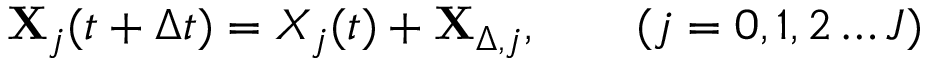
\mathbf { X } _ { j } ( t + \Delta t ) = X _ { j } ( t ) + \mathbf { X } _ { \Delta , j } , \qquad ( j = 0 , 1 , 2 \dots J )